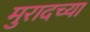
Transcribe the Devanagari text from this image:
मुरादच्या